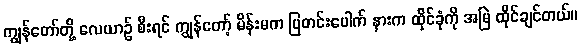
ကျွန်တော်တို့ လေယာဉ် စီးရင် ကျွန်တော့် မိန်းမက ပြတင်းပေါက် နားက ထိုင်ခုံကို အမြဲ ထိုင်ချင်တယ်။